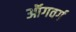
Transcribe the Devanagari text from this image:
ऑगवर्ग